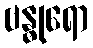
ဗန္ဓုရော